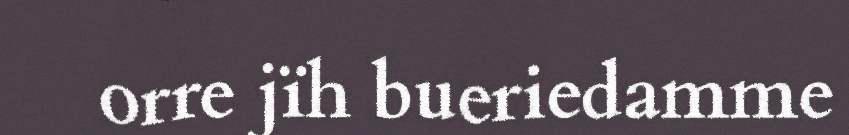
orre jïh bueriedamme